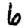
Digit: 6